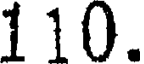
110.